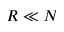
R \ll N